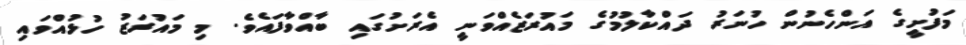
މަފުށީގެ އަންހެނުން ހުނަރު ދައްކާލުމުގެ މައުރަޒެއްވަނީ އެރަށުގައި ބާއްވާފައެވެ. މި މައުރަޒު ހުޅުއްވައި